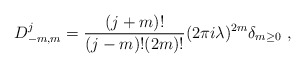
\begin{align*}D^j_{-m,m}= {(j+m)! \over (j-m)! (2 m)! } (2 \pi i \lambda)^{2m} \delta_{m \geq 0}~,\end{align*}